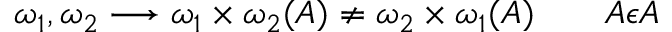
\omega _ { 1 } , \omega _ { 2 } \longrightarrow \omega _ { 1 } \times \omega _ { 2 } ( A ) \not = \omega _ { 2 } \times \omega _ { 1 } ( A ) \qquad A \epsilon { \cal A }